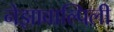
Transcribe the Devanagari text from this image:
नेझावाल्पिली